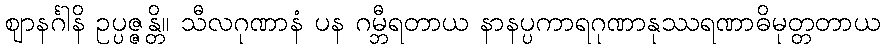
ဈာနင်္ဂါနိ ဥပ္ပဇ္ဇန္တိ။ သီလဂုဏာနံ ပန ဂမ္ဘီရတာယ နာနပ္ပကာရဂုဏာနုဿရဏာဓိမုတ္တတာယ